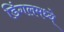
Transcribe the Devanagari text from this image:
डिंगलमध्ये